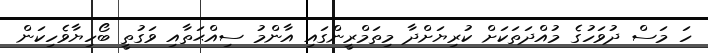
ހަ މަސް ދުވަހުގެ މުއްދަތަކަށް ކުރިޔަށްދާ މިތަމްރީންގައި އާންމު ސިއްޙަތާއި ވަގުތީ ބޯހިޔާވެހިކަން